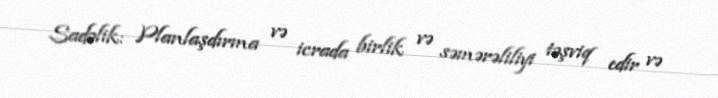
Sadəlik: Planlaşdırma və icrada birlik və səmərəliliyi təşviq edir və